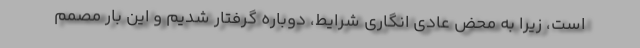
است، زیرا به محض عادی انگاری شرایط، دوباره گرفتار شدیم و این بار مصمم